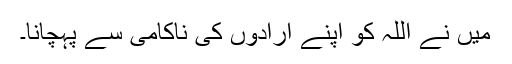
میں نے اللہ کو اپنے ارادوں کی ناکامی سے پہچانا۔